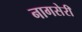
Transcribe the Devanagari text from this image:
नागसेरी